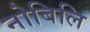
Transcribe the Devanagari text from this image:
नोबिलि